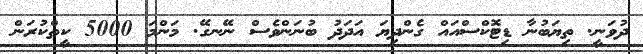
ދުވަނީ. ތިޔަބުނާ ޑިޓޮކްސްއައް ގެންދިޔަ އަދަދު ބުނަންވެސް ނޭނގޭ. މަންމަ 5000 ކީތްކުރަން